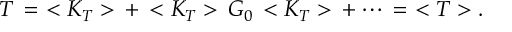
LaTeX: T \, = \, \, < K _ { T } > \, + \, < K _ { T } > \, G _ { 0 } \, < K _ { T } > \, + \cdots \, = \, \, < T > .